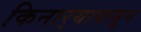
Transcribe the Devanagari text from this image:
किनार्‍यापासुन